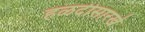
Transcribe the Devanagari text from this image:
हळदीसारखे